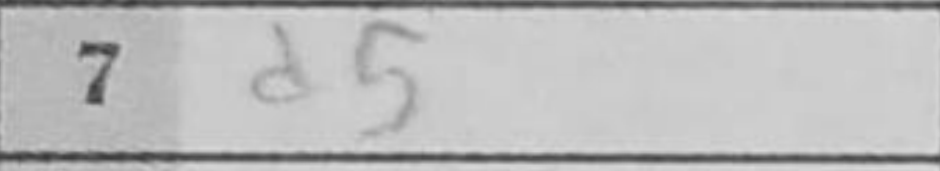
Transcription: d5